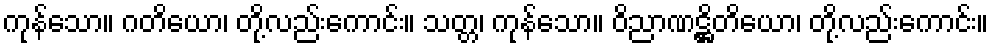
ကုန်သော။ ဂတိယော၊ တို့လည်းကောင်း။ သတ္တ၊ ကုန်သော။ ဝိညာဏဋ္ဌိတိယော၊ တို့လည်းကောင်း။